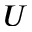
U